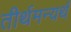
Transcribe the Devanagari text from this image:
तीर्थमन्यर्थं